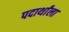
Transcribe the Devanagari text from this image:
पदार्थांला